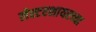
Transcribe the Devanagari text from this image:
लेस्टरशायरच्या